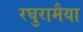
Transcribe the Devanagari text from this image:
रघुरामैया